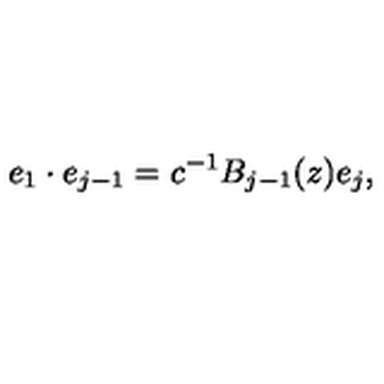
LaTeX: e _ { 1 } \cdot e _ { j - 1 } = c ^ { - 1 } B _ { j - 1 } ( z ) e _ { j } ,